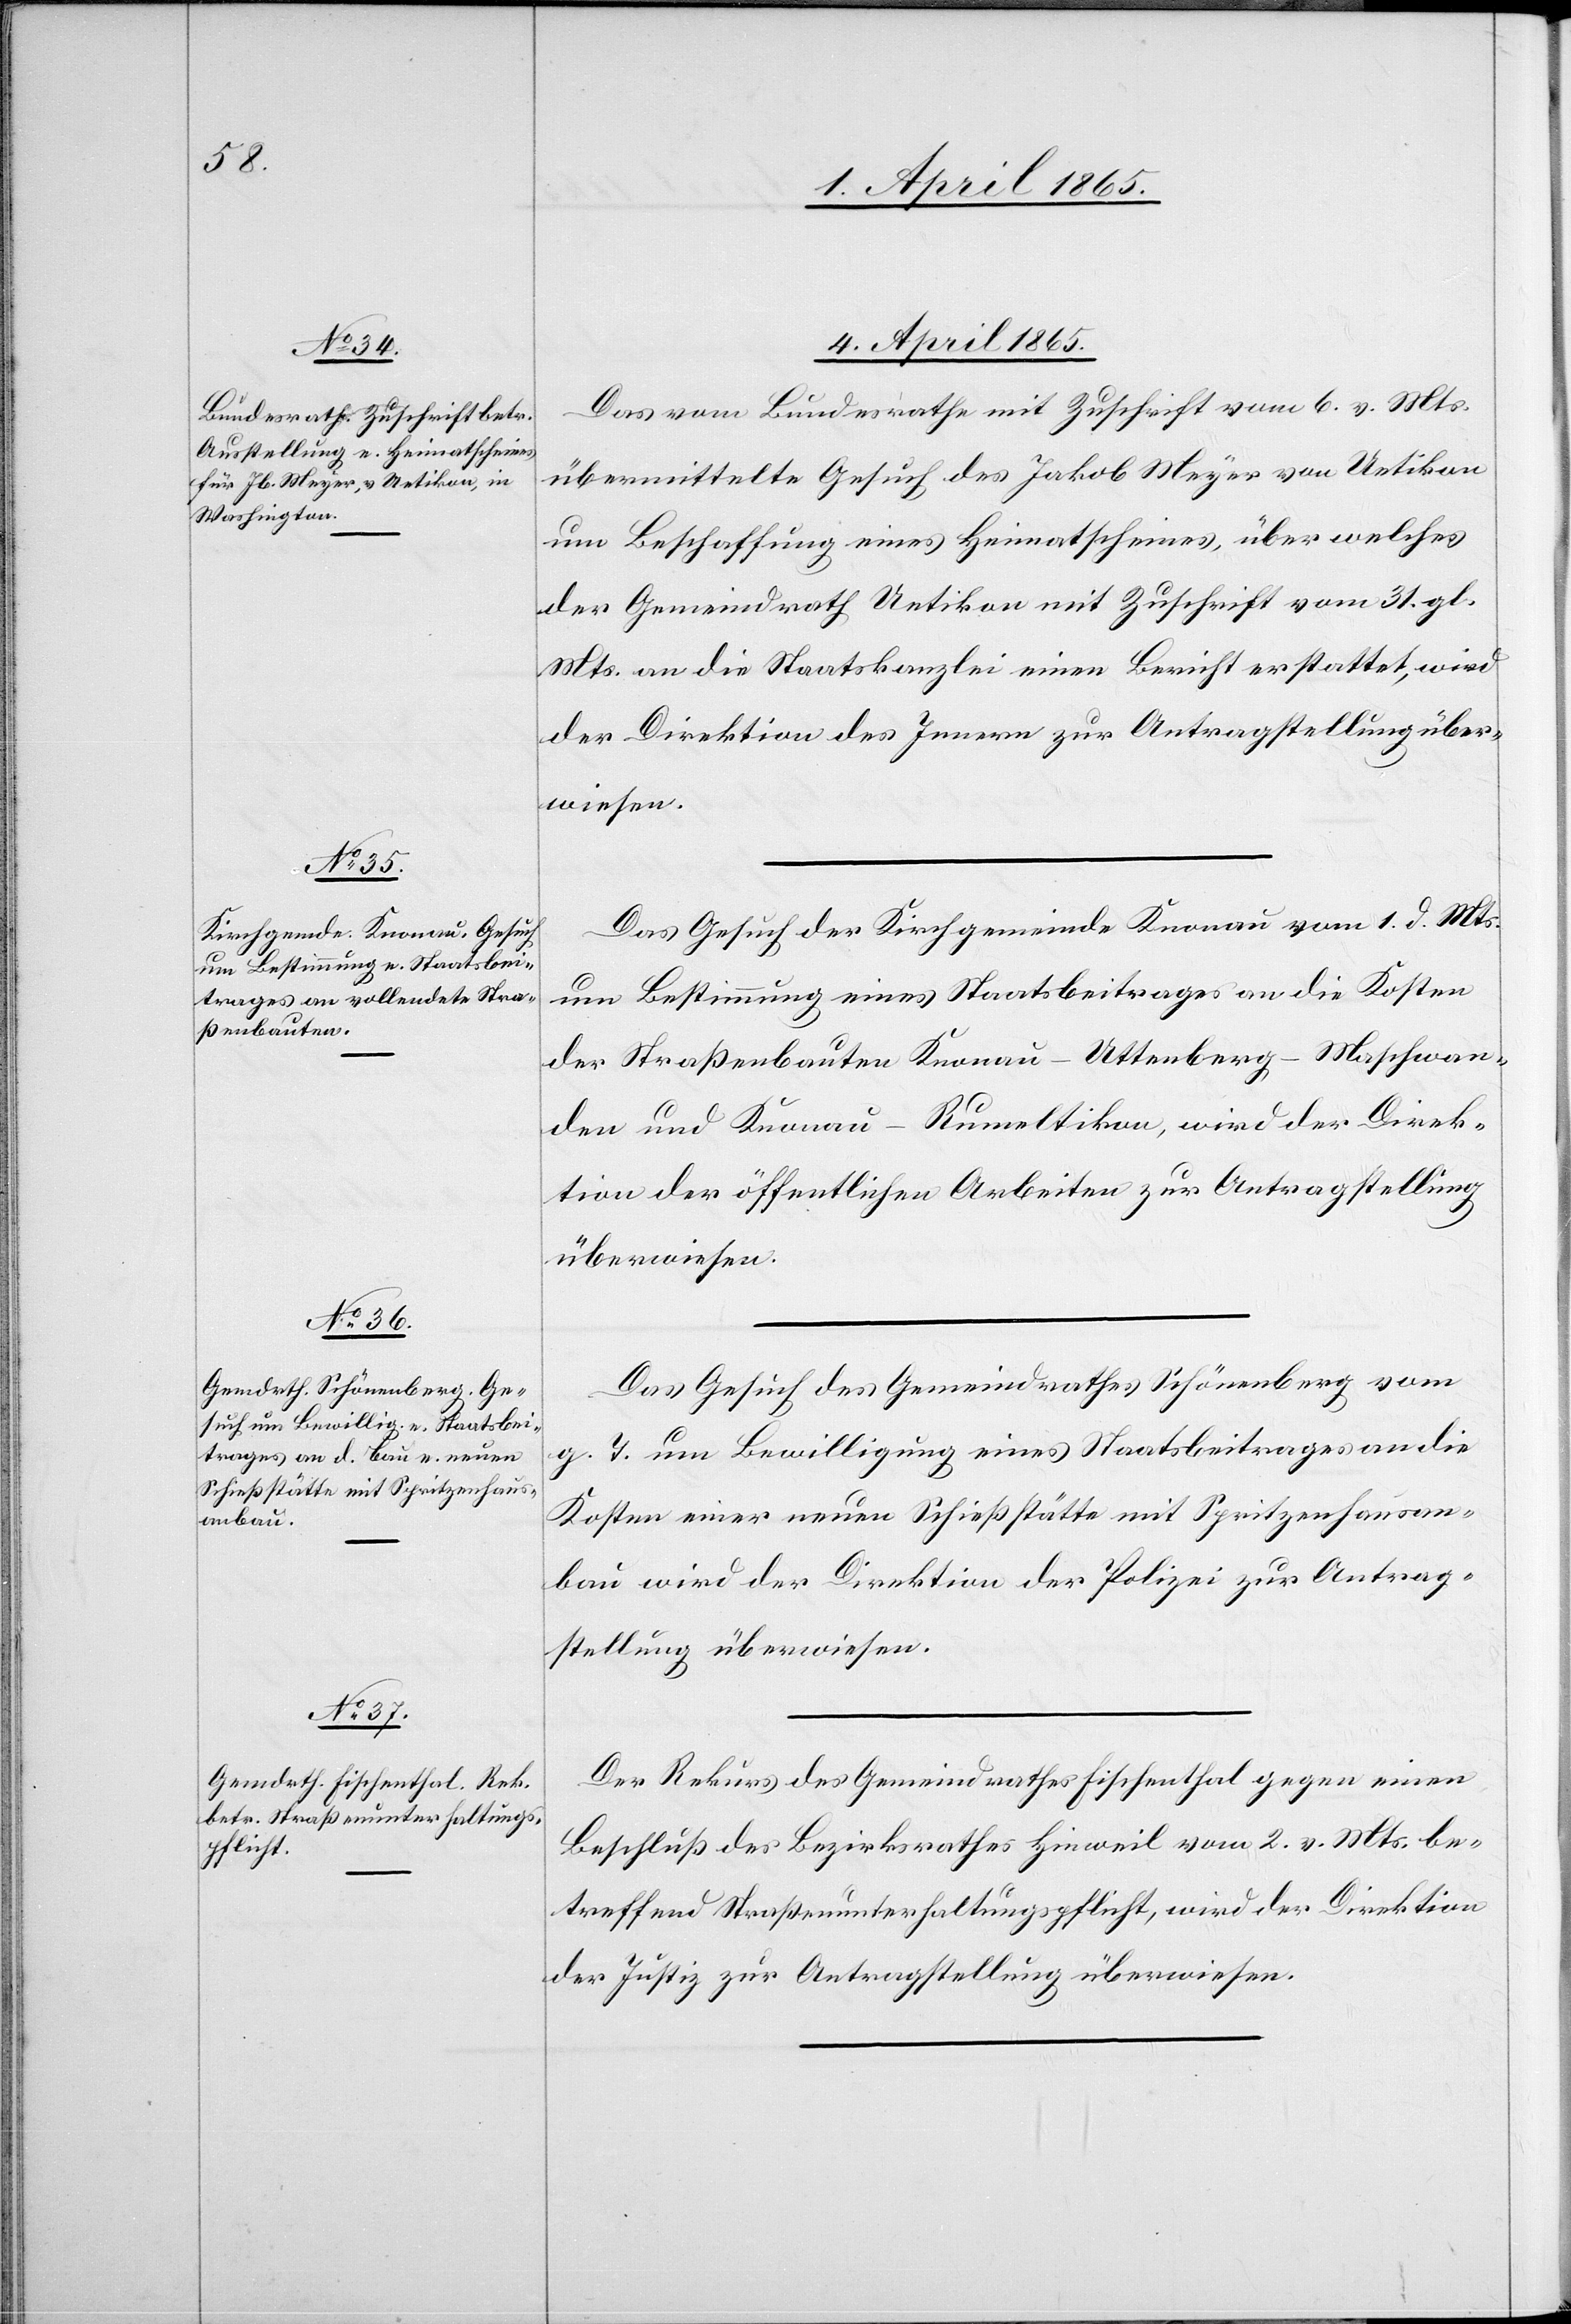
4. April 1865.]
Das vom Bundesrathe mit Zuschrift vom 6. v. Mts.
übermittelte Gesuch des Jakob Meyer von Uetikon
um Beschaffung eines Heimatscheines, über welches
der Gemeindrath Uetikon mit Zuschrift vom 31. gl.
Mts. an die Staatskanzlei einen Bericht erstattet, wird
der Direktion des Innern zur Antragstellung über¬
wiesen.
Das Gesuch der Kirchgemeinde Knonau vom 1. d. Mts.
um Bestimmung eines Staatsbeitrages an die Kosten
der Straßenbauten Knonau-Uttenberg-Maschwan¬
den und Knonau-Rumeltikon, wird der Direk¬
tion der öffentlichen Arbeiten zur Antragstellung
überwiesen.
Das Gesuch des Gemeindrathes Schönenberg vom
g. T. um Bewilligung eines Staatsbeitrages an die
Kosten einer neuen Schießstätte mit Spritzenhausan¬
bau wird der Direktion der Polizei zur Antrag¬
stellung überwiesen.
Der Rekurs des Gemeindrathes Fischenthal gegen einen
Beschluß des Bezirksrathes Hinweil vom 2. v. Mts. be¬
treffend Straßenunterhaltungspflicht, wird der Direktion
der Justiz zur Antragstellung überwiesen.